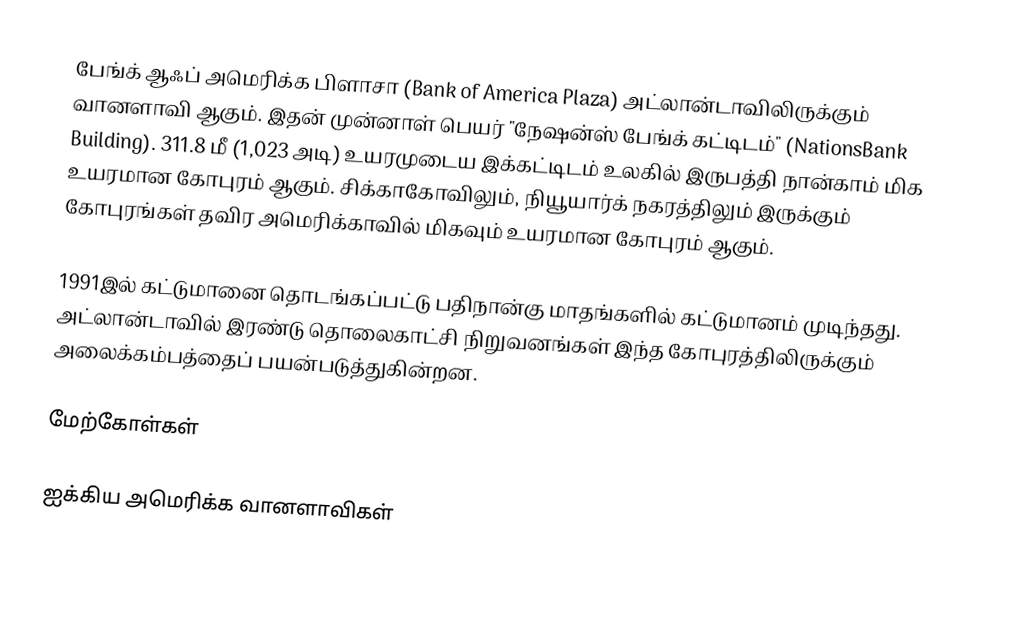
பேங்க் ஆஃப் அமெரிக்க பிளாசா (Bank of America Plaza) அட்லான்டாவிலிருக்கும் வானளாவி ஆகும். இதன் முன்னாள் பெயர் "நேஷன்ஸ் பேங்க் கட்டிடம்" (NationsBank Building). 311.8 மீ (1,023 அடி) உயரமுடைய இக்கட்டிடம் உலகில் இருபத்தி நான்காம் மிக உயரமான கோபுரம் ஆகும். சிக்காகோவிலும், நியூயார்க் நகரத்திலும் இருக்கும் கோபுரங்கள் தவிர அமெரிக்காவில் மிகவும் உயரமான கோபுரம் ஆகும்.

1991இல் கட்டுமானை தொடங்கப்பட்டு பதிநான்கு மாதங்களில் கட்டுமானம் முடிந்தது. அட்லான்டாவில் இரண்டு தொலைகாட்சி நிறுவனங்கள் இந்த கோபுரத்திலிருக்கும் அலைக்கம்பத்தைப் பயன்படுத்துகின்றன.

மேற்கோள்கள்

ஐக்கிய அமெரிக்க வானளாவிகள்